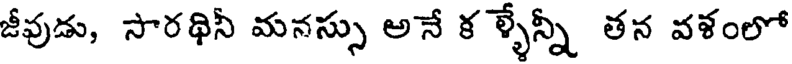
జీవుడు, సారథినీ మనస్సు అనే క ళ్ళేన్నీ తన వళంలో